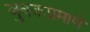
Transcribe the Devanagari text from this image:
बुक्कप्रमाणे